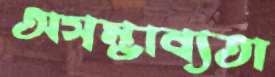
অসম্ভাব্যতা